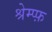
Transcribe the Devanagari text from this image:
श्रेम्प्फ़